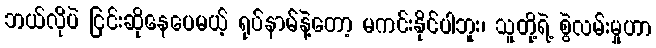
ဘယ်လိုပဲ ငြင်းဆိုနေပေမယ့် ရုပ်နာမ်နဲ့တော့ မကင်းနိုင်ပါဘူး၊ သူတို့ရဲ့ စွဲလမ်းမှုဟာ